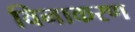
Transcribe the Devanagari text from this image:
विनाकरण